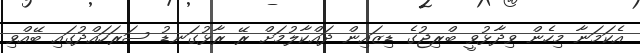
އެކަމަނާ މިހެން ވިދާޅުވީ ބްރިޖުގެ ޑިޒައިން ދައްކާލުމަށް ރޭ ރާޅުގަނޑު ސަރަހައްދުގައި ބޭއްވި